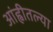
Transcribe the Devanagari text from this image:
आंह्वीतल्या